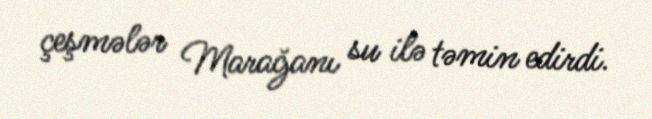
çeşmələr Marağanı su ilə təmin edirdi.